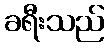
ခရီးသည်